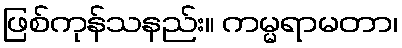
ဖြစ်ကုန်သနည်း။ ကမ္မရာမတာ၊